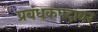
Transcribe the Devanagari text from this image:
प्रबंधकपदावर